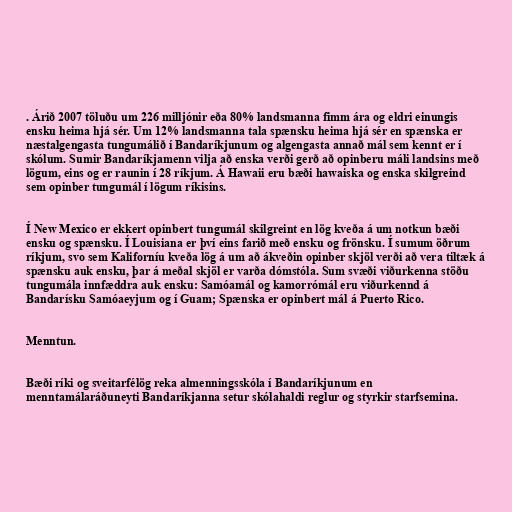
. Árið 2007 töluðu um 226 milljónir eða 80% landsmanna fimm ára og eldri einungis
ensku heima hjá sér. Um 12% landsmanna tala spænsku heima hjá sér en spænska er
næstalgengasta tungumálið í Bandaríkjunum og algengasta annað mál sem kennt er í
skólum. Sumir Bandaríkjamenn vilja að enska verði gerð að opinberu máli landsins með
lögum, eins og er raunin í 28 ríkjum. Á Hawaii eru bæði hawaiska og enska skilgreind
sem opinber tungumál í lögum ríkisins.

Í New Mexico er ekkert opinbert tungumál skilgreint en lög kveða á um notkun bæði
ensku og spænsku. Í Louisiana er því eins farið með ensku og frönsku. Í sumum öðrum
ríkjum, svo sem Kaliforníu kveða lög á um að ákveðin opinber skjöl verði að vera tiltæk á
spænsku auk ensku, þar á meðal skjöl er varða dómstóla. Sum svæði viðurkenna stöðu
tungumála innfæddra auk ensku: Samóamál og kamorrómál eru viðurkennd á
Bandarísku Samóaeyjum og í Guam; Spænska er opinbert mál á Puerto Rico.

Menntun.

Bæði ríki og sveitarfélög reka almenningsskóla í Bandaríkjunum en
menntamálaráðuneyti Bandaríkjanna setur skólahaldi reglur og styrkir starfsemina.